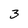
Character: 3